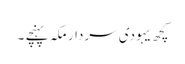
کچھ یہودی سردار مکہ پہنچے ۔